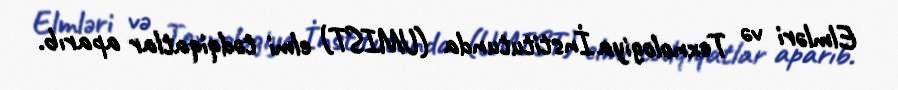
Elmləri və Texnologiya İnstitutunda (UMIST) elmi tədqiqatlar aparıb.